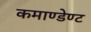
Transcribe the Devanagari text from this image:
कमाण्डेण्ट